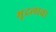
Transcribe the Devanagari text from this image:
भूदलाचा